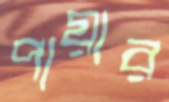
পায়ার